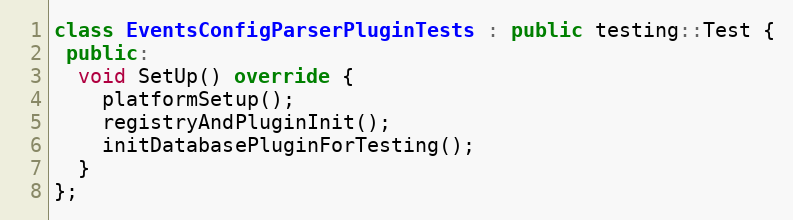
Language: C++
class EventsConfigParserPluginTests : public testing::Test {
 public:
  void SetUp() override {
    platformSetup();
    registryAndPluginInit();
    initDatabasePluginForTesting();
  }
};